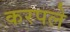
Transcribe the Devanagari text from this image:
करपले